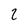
Character: 2